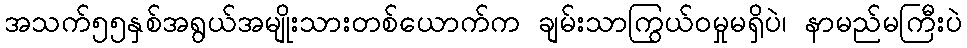
အသက်၅၅နှစ်အရွယ်အမျိုးသားတစ်ယောက်က ချမ်းသာကြွယ်ဝမှုမရှိပဲ၊ နာမည်မကြီးပဲ